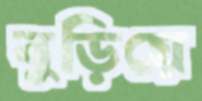
বুড়িয়ে